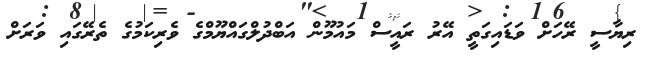
ރިޔާސީ ރޭހަށް ވަޑައިގަތީ އޭރު ރައީސް މައުމޫން އަބްދުލްގައްޔޫމްގެ ވެރިކަމުގެ ތެރޭގައި ވަރަށް